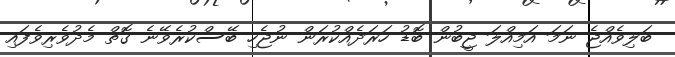
ބަލިވެއްޖެ ނަމަ އަމިއްލަ ޖީބުން ބޮޑު ހަރަދެއްކުރަން ނުޖެހި ބޭސްކުރެވޭނެ ގޮތް މެދުވެރިވެފައި